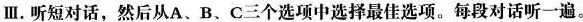
Ⅲ.听短对话,然后从A、B、C三个选项中选择最佳选项。每段对话听一遍。